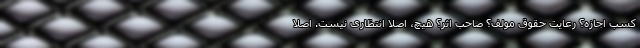
کسب اجازه؟ رعایت حقوق مولف؟ صاحب اثر؟ هیچ، اصلا انتظاری نیست. اصلا